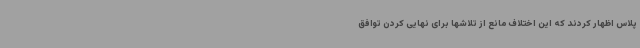
پلاس اظهار کردند که این اختلاف مانع از تلاشها برای نهایی کردن توافق